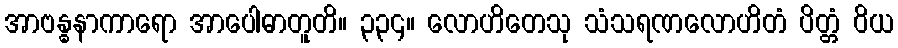
အာဗန္ဓနာကာရော အာပေါဓာတူတိ။ ၃၃၄။ လောဟိတေသု သံသရဏလောဟိတံ ပိတ္တံ ဝိယ